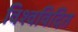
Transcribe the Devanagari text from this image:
विश्वविदित